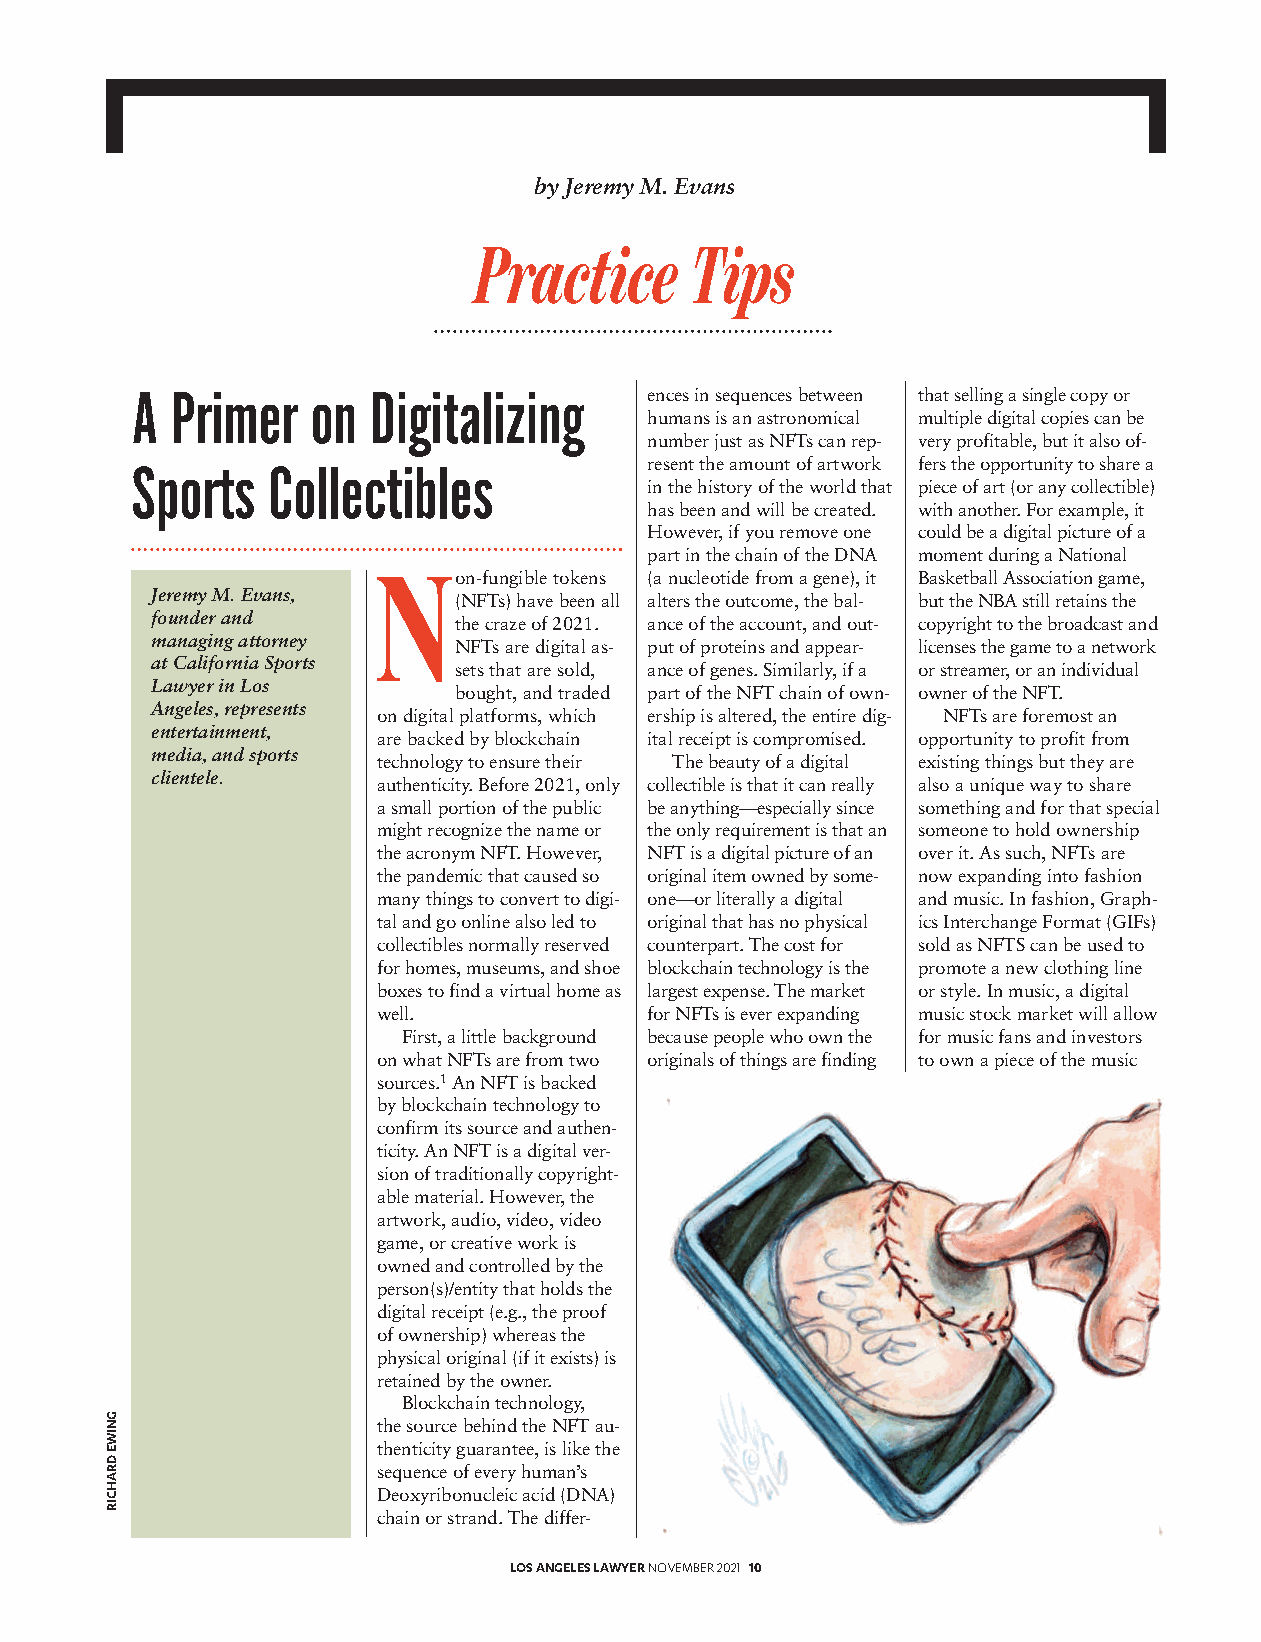
by Jeremy M. Evans
 A Primer   on  Digitalizing
 ences in sequences between that selling a single copy or
 humans is an astronomical multiple digital copies can be
 number just as NFTs can rep- very profitable, but it also of-
 Sports   Collectibles
 resent the amount of artwork fers the opportunity to share a
 in the history of the world that piece of art (or any collectible)
 has been and will be created. with another. For example, it
 However, if you remove one could be a digital picture of a
 part in the chain of the DNA moment during a National
 on-fungible tokens (a nucleotide from a gene), it Basketball Associ ation game,
 Jeremy M. Evans,
 (NFTs) have been all alters the outcome, the bal- but the NBA still retains the
 founder and
 the craze of 2021. ance of the account, and out- copyright to the broadcast and
 managing attorney
 NFTs are digital as - put of proteins and appear- licenses the game to a network
 at California Sports
 sets that are sold, ance of genes. Similar ly, if a or stream er, or an individual
 Lawyer in Los
 bought, and traded part of the NFT chain of own- owner of the NFT.
 Angeles, represents
 on digital platforms, which ership is altered, the entire dig- NFTs are foremost an
 entertainment,
 are backed by blockchain ital receipt is compromised. opportunity to profit from
 media, and sports
 technology to ensure their The beauty of a digital existing things but they are
 clientele.
 authenticity. Be fore 2021, only collectible is that it can really also a unique way to share
 a small portion of the public be anything—especially since something and for that special
 might recognize the name or the only requirement is that an someone to hold ownership
 the ac ro nym NFT. However, NFT is a digital picture of an over it. As such, NFTs are
 the pandemic that caused so original item owned by some- now expanding into fashion
 many things to convert to digi- one—or literally a digital and music. In fashion, Graph-
 tal and go online also led to original that has no physical ics Interchange Format (GIFs)
 collect ibles normally reserved counterpart. The cost for sold as NFTS can be used to
 for homes, museums, and shoe block chain technology is the promote a new clothing line
 boxes to find a virtual home as largest expense. The market or style. In music, a digital
 well.             for NFTs is ever expanding music stock market will allow
 First, a little background because people who own the for music fans and investors
 on what NFTs are from two originals of things are finding to own a piece of the music
 sources.1An NFT is backed
 by blockchain technology to
 confirm its source and authen-
 ticity. An NFT is a digital ver-
 sion of traditionally cop y right-
 able material. How ever, the
 artwork, audio, video, video
 game, or creative work is
 owned and controlled by the
 person(s)/entity that holds the
 digital receipt (e.g., the proof
 of ownership) whereas the
 physical original (if it exists) is
 retained by the owner.
 Blockchain technology,
 the source behind the NFT au -
 thenticity guarantee, is like the
 sequence of every human’s
 Deoxyribonucleic acid (DNA)
 chain or strand. The differ-
 LOS ANGELES LAWYERNOVEMBER 2021 10
 GNIWE
 DRAHCIR